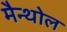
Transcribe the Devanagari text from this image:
मैन्थोल